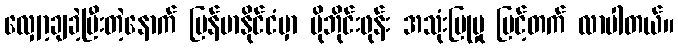
လျှော့ချခဲ့ပြီးတဲ့နောက် မြန်မာနိုင်ငံမှာ မိုဘိုင်းဖုန်း အသုံးပြုမှု မြင့်တက် လာပါတယ်။